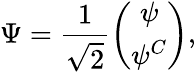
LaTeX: \Psi=\frac{1}{\sqrt{2}}\left(\begin{array}{c}{{\psi}}\\ {{\psi^{C}}}\end{array}\right),